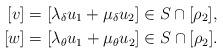
LaTeX: \begin{align*}[v]&=[\lambda_{\delta}u_1+\mu_{\delta}u_2]\in S\cap[\rho_2], \\ [w]&=[\lambda_{\theta}u_1+\mu_{\theta}u_2]\in S\cap[\rho_2].\end{align*}